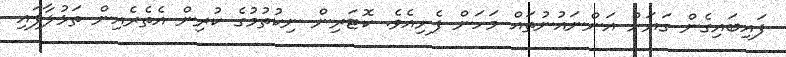
ފައިބައިގެން ގަޔަށް އަންނައުނުތައް މަހަން ފެށިއެވެ. ކޮޓަރިން ނިކުތުމުގެ ކުރިން އެތެރެއިން ތަޅުލާފައި